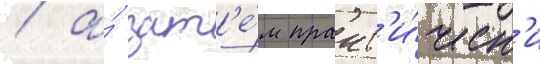
/ а́ зат'е́м практ'и́ческ'и